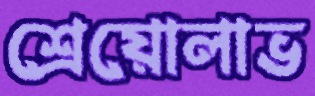
শ্রেয়োলাভ